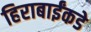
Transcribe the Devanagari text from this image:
हिराबाईंकडे